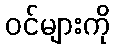
ဝင်များကို